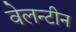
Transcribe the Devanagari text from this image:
वेलन्टीन